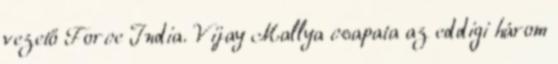
vezető Force India. Vijay Mallya csapata az eddigi három